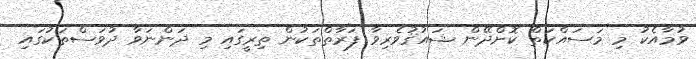
ވުމާއެކު މި މަސައްކަތް ކޮށްދޭން ޝައުޤުވެރިވާ ފަރާތްތަކުން ތިރީގައި މި ދަންނަވާ ދުވަސްތަކުގައި